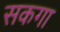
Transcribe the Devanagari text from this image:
सकगा